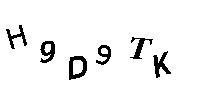
H9D9TK